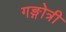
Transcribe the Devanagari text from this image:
गङ्गोत्री